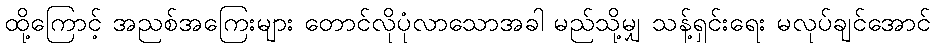
ထို့ကြောင့် အညစ်အကြေးများ တောင်လိုပုံလာသောအခါ မည်သို့မျှ သန့်ရှင်းရေး မလုပ်ချင်အောင်